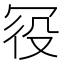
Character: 𠖊